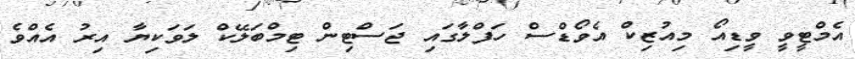
އެމްޓީވީ ވީޑިއޯ މިއުޒިކް އެވޯޑްސް ހަފްލާގައި ޖަސްޓިން ޓިމްބަލޭކް ލަވަކިޔާ އިރު އެއްވެ